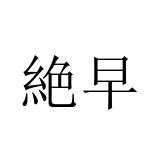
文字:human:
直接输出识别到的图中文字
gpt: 絶早